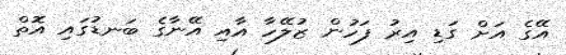
އޭގެ އަށް ގަޑި އިރު ފަހުން ޒުލޭހާ އާއި އޭނާގެ ބަނޑުގައި އޮތް